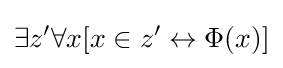
\exists z'\forall x[x\in z'\leftrightarrow \Phi (x)]